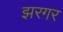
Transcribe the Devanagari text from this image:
झरगर